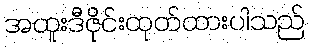
အထူးဒီဇိုင်းထုတ်ထားပါသည်